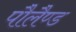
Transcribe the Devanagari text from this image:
पौलैण्ड